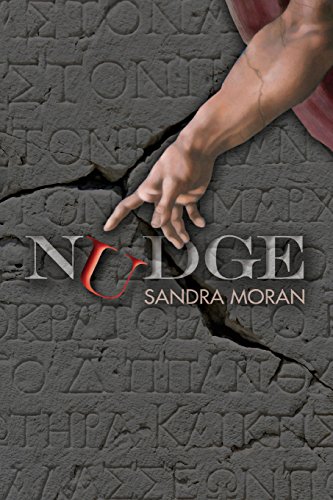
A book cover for Nudge; Sandra Moran; Religion & Spirituality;